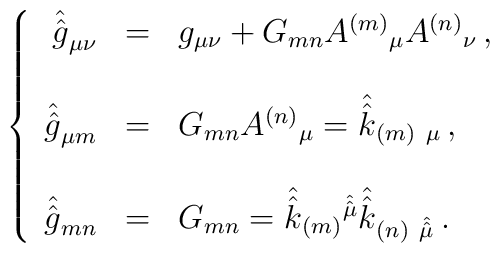
\left\{\begin{array}{rcl}\hat{\hat{g}}_{\mu\nu} & = & g_{\mu\nu} +G_{mn} A^{(m)}{}_{\mu}A^{(n)}{}_{\nu}\, ,\\& & \\\hat{\hat{g}}_{\mu m} & = & G_{mn}A^{(n)}{}_{\mu} =\hat{\hat{k}}_{(m)\ \mu}\, ,\\& & \\\hat{\hat{g}}_{mn} & = & G_{mn} =\hat{\hat{k}}_{(m)}{}^{\hat{\hat{\mu}}}\hat{\hat{k}}_{(n)\ \hat{\hat{\mu}}}\, .\\\end{array}\right.